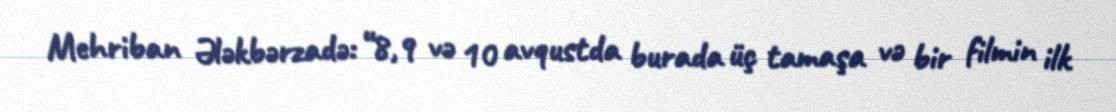
Mehriban Ələkbərzadə: “8,9 və 10 avqustda burada üç tamaşa və bir filmin ilk